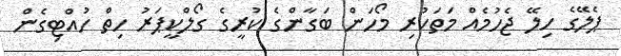
ޕެލޭގެ ހިލޭ ޖެހުމެއް މަތަކުރި މޯހަން ބަގާންގެ ކުރީގެ ގޯލްކީޕަރު ހިތް ހުއްޓިގެން